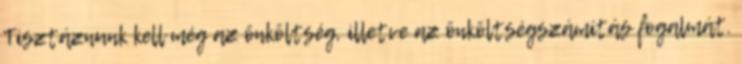
Tisztáznunk kell még az önköltség, illetve az önköltségszámítás fogalmát.